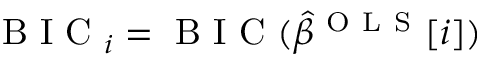
\mathrm { ~ B ~ I ~ C ~ } _ { i } = \mathrm { ~ B ~ I ~ C ~ } ( \hat { \beta } ^ { \mathrm { ~ O ~ L ~ S ~ } } [ i ] )